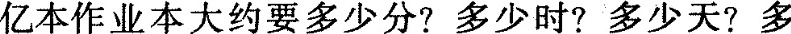
亿本作业本大约要多少分? 多少时? 多少天? 多